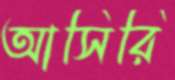
আসিরি